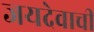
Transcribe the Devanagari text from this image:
जयदेवाची